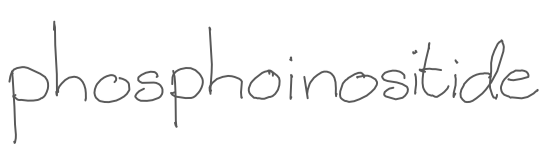
Text: phosphoinositide
Cross-out: clean
Writing tool: digital_gray